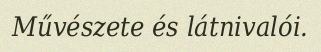
Művészete és látnivalói.